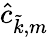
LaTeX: \hat{c}_{\tilde{k},m}